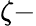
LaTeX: \zeta-